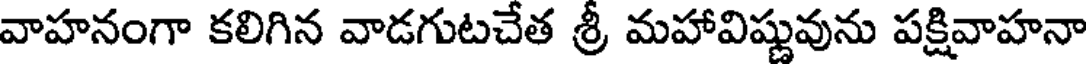
వాహనంగా కలిగిన వాడగుటచేత శ్రీ మహావిష్ణువును పక్షివాహనా